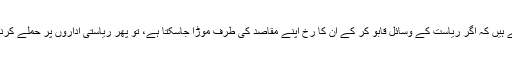
طالبان اس بات کو اچھی طرح سمجھتے ہیں کہ اگر ریاست کے وسائل قابو کر کے ان کا رخ اپنے مقاصد کی طرف موڑا جاسکتا ہے، تو پھر ریاستی اداروں پر حملے کرنے کی کیا ضرورت باقی رہ جاتی ہے۔